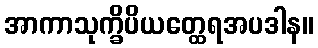
အာကာသုက္ခိပိယတ္ထေရအပဒါန။